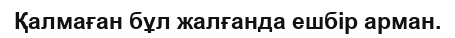
Қалмаған бұл жалғанда ешбір арман.